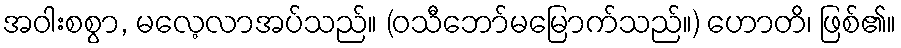
အဝါးစစွာ, မလေ့လာအပ်သည်။ (ဝသီဘော်မမြောက်သည်။) ဟောတိ၊ ဖြစ်၏။